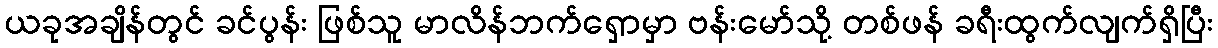
ယခုအချိန်တွင် ခင်ပွန်း ဖြစ်သူ မာလိန်ဘက်ရှောမှာ ဗန်းမော်သို့ တစ်ဖန် ခရီးထွက်လျက်ရှိပြီး